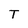
Character: T